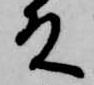
殿